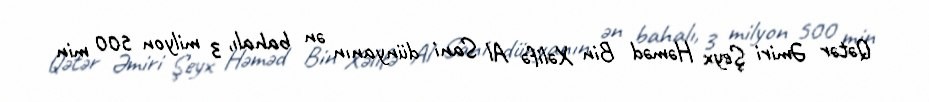
Qətər Əmiri Şeyx Həməd Bin Xəlifə Al Sani dünyanın ən bahalı, 3 milyon 500 min